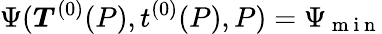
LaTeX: \Psi(\boldsymbol{T}^{(0)}(P),t^{(0)}(P),P)=\Psi_{\mathrm{~m~i~n~}}